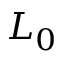
L _ { 0 }